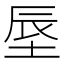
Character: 𪣗